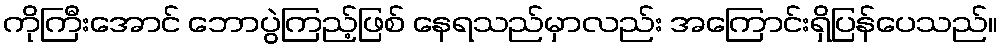
ကိုကြီးအောင် ဘောပွဲကြည့်ဖြစ် နေရသည်မှာလည်း အကြောင်းရှိပြန်ပေသည်။